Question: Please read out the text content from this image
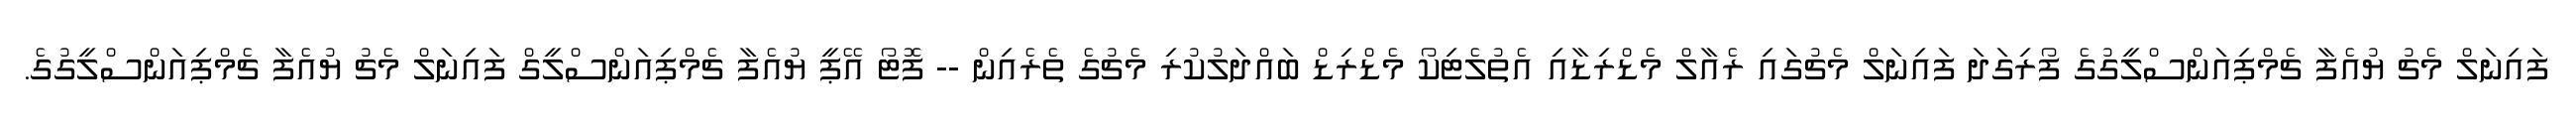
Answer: ފައިނަލް މެޗު ޔުއެފާ ޗެމްޕިއަންސްލީގުގެ ފޯރިގަދަ ފައިނަލް މެޗުގައި ރެއާލް މެޑްރިޑާއި އެތުލެޓިކޯ މެޑްރިޑް ބައްދަލުކުރި މެޗުގެ ތެރެއިން -- ފޮޓޯ އޭޕީ ޔުއެފާ ޗެމްޕިއަންސްލީގް ފައިނަލް މެޗު ޔުއެފާ ޗެމްޕިއަންސްލީގުގެ.